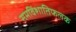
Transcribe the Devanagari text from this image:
समविंशातिफलक